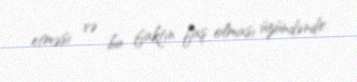
etməsi və bu faktın faş olması üzündəndir.